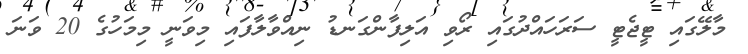
މާލޭގައި ޓީޖެޓީ ސަރަހައްދުގައި ރޯވި އަލިފާންގަނޑު ނިއްވާލާފައި މިވަނީ މިމަހުގެ 20 ވަނަ